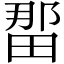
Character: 𪽖